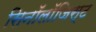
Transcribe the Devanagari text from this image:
सिनॉलॉजिस्ट